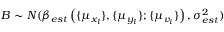
B \sim N ( \beta _ { e s t } \left( \{ \mu _ { x _ { l } } \} , \{ \mu _ { y _ { l } } \} ; \{ \mu _ { v _ { i } } \} \right) , \sigma _ { e s t } ^ { 2 } )